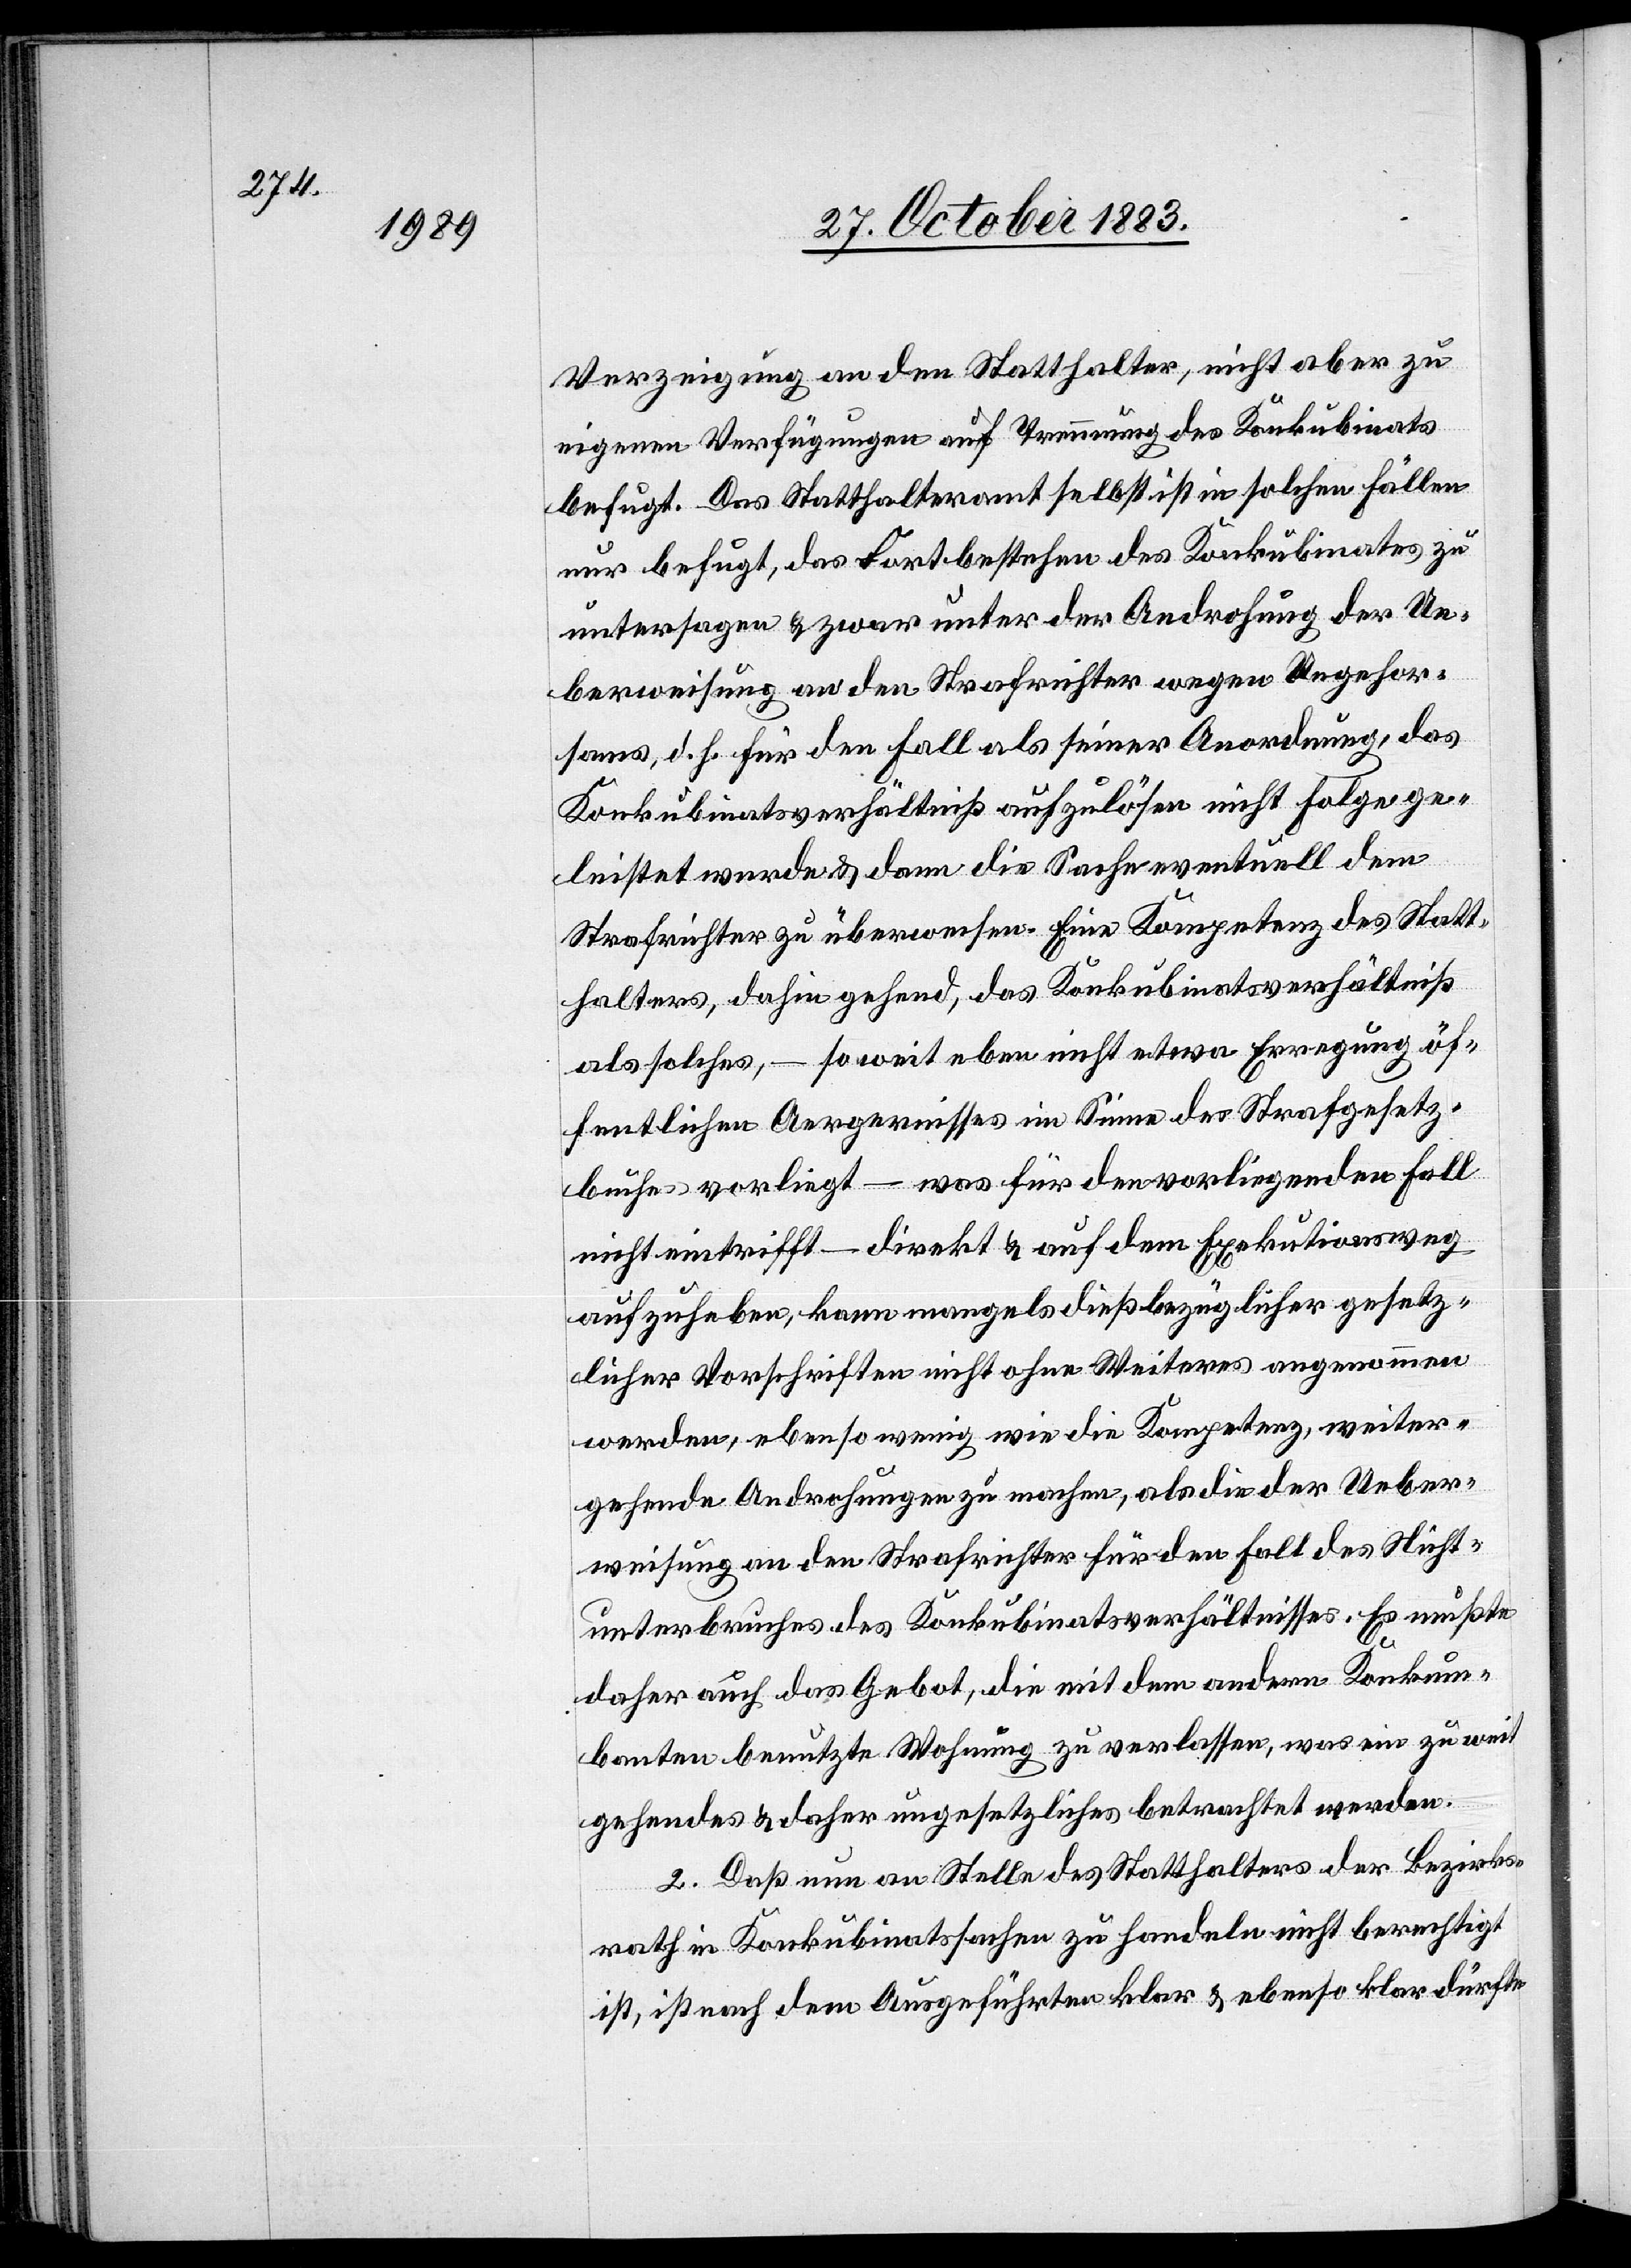
Verzeigung an den Statthalter, nicht aber zu
eigenen Verfügungen auf Trennung des Konkubinats
befugt. Das Statthalteramt selbst ist in solchen Fällen
nur befugt, das Fortbestehen des Konkubinates zu
untersagen & zwar unter der Androhung der Ue¬
berweisung an den Strafrichter wegen Ungehor¬
sams, d. h. für den Fall als seiner Anordnung, das
Konkubinatsverhältniß aufzulösen nicht Folge ge¬
leistet werde & dann die Sache eventuell dem
Strafrichter zu überweisen. Eine Kompetenz des Statt¬
halters, dahin gehend, das Konkubinatsverhältniß
als solches, – soweit eben nicht etwa Erregung öf¬
fentlichen Aergernisses im Sinne des Strafgesetz¬
buche vorliegt – was für den vorliegenden Fall
nicht eintrifft – direkt & auf dem Exekutionsweg
aufzuheben, kann mangels dießbezüglicher gesetz¬
licher Vorschriften nicht ohne Weiteres angenommen
werden, ebenso wenig wie die Kompetenz, weiter¬
gehende Androhungen zu machen, als die der Ueber¬
weisung an den Strafrichter für den Fall des Nicht¬
unterbruches des Konkubinatsverhältnisses. Es mußte
daher auch das Gebot, die mit dem andern Konkum¬
banten benutzte Wohnung zu verlassen, was ein zu weit
gehendes & daher ungesetzliches betrachtet werden.
2. Daß nun an Stelle des Statthalters der Bezirks¬
rath in Konkubinatssachen zu handeln nicht berechtigt
ist, ist nach dem Ausgeführten klar & ebenso klar dürfte